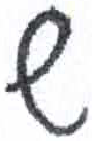
אות: ש